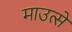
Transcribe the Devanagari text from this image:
माउत्से